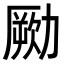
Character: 𠢭